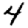
Digit: 4